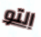
التو